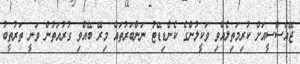
ޖޭއެސްސީއަށް ކުރިމަތިލެއްވި ވަކީލުންގެ ކެންޑިޑޭޓު ނަންބަރުތައް މިރޭ ބޭއްވި ގުރުއަތުން ވަނީ ތަރުތީބު